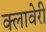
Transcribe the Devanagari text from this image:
क्लावेरी